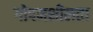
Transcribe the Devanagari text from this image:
गोपनशीलता